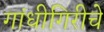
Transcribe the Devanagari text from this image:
गांधीगिरीचे